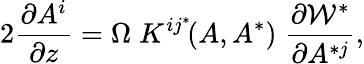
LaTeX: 2{\frac{\partial A^{i}}{\partial z}}=\Omega\; K^{ij^{*}}\! (A,A^{*})\; \frac{\partial{\cal W}^{*}}{\partial A^{*j}},